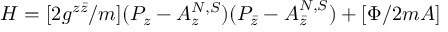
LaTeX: H = [ 2 g ^ { z \bar { z } } / m ] ( P _ { z } - A _ { z } ^ { N , S } ) ( P _ { \bar { z } } - A _ { \bar { z } } ^ { N , S } ) + [ \Phi / 2 m A ]